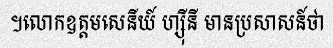
។លោកឧត្តមសេនីយ៍ ហ្ស៊ីនី មានប្រសាសន៍ថា